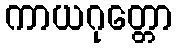
ကာယဂုတ္တော